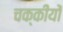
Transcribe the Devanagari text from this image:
चक्कीयों